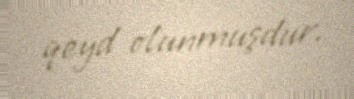
qeyd olunmuşdur.